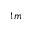
_ { 1 m }